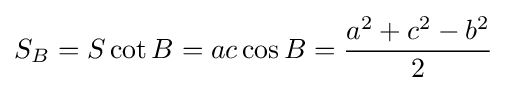
S_{B}=S\cot B=ac\cos B={\frac {a^{2}+c^{2}-b^{2}}{2}}